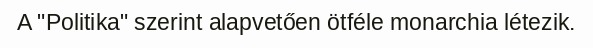
A "Politika" szerint alapvetően ötféle monarchia létezik.